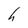
Character: h